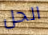
الحل